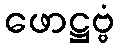
ဖောဋ္ဌဗ္ဗံ